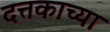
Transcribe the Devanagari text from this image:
दत्तकाच्या